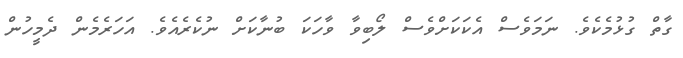
ގާތް ގުޅުމެކެވެ. ނަމަވެސް އެކަކަށްވެސް ލޯބިވާ ވާހަކަ ބުނާކަށް ނުކެރެއެވެ. އަހަރެމެން ދެމީހުން